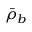
\bar { \rho } _ { b }